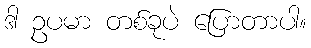
ဒါ ဥပမာ တစ်ခုပဲ ပြောတာပါ။